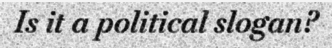
Is it a political slogan?